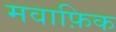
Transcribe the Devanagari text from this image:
मवाफ़िक